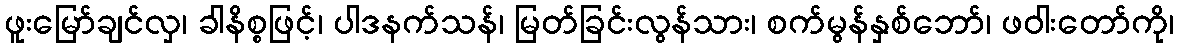
ဖူးမြော်ချင်လှ၊ ခါနိစ္စဖြင့်၊ ပါဒနက်သန်၊ မြတ်ခြင်းလွန်သား၊ စက်မွန်နှစ်ဘော်၊ ဖဝါးတော်ကို၊